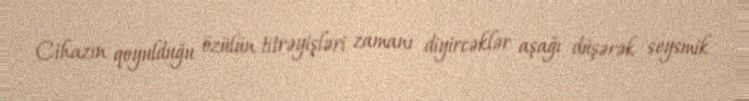
Cihazın qoyulduğu özülün titrəyişləri zamanı diyircəklər aşağı düşərək seysmik